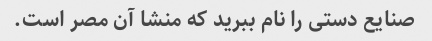
صنایع دستی را نام ببرید که منشا آن مصر است.